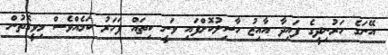
އޭނަގެ ހަރުނިދީގެ ފައިދާ އާއިޒު ހާސިލުކޮށްފައި ވަނީ ކިތައް ފަހަރު ކަމެއްވެސް މިވީގޮތުން